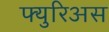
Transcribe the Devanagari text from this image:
फ्युरिअस